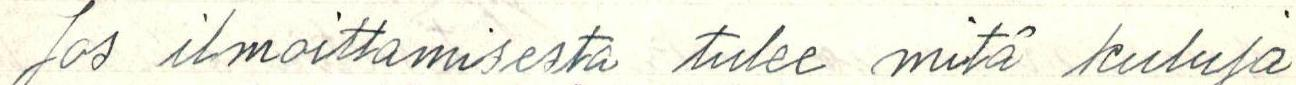
Jos ilmoittamisesta tulee mitä kuluja